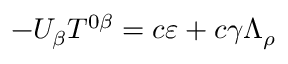
- U _ { \beta } T ^ { 0 \beta } = c \varepsilon + c \gamma \Lambda _ { \rho }